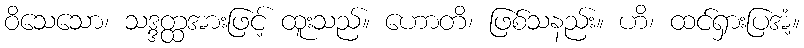
ဝိသေသော၊ သဒ္ဒတ္ထအားဖြင့် ထူးသည်။ ဟောတိ၊ ဖြစ်သနည်း။ ဟိ၊ ထင်ရှားပြအံ့။